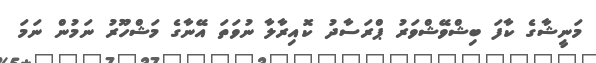
މަނީޝާގެ ކާފަ ބިޝްވޭޝްވަރު ޕްރަސާދު ކޮއިރާލާ ނުވަތަ އޭނާގެ މަޝްހޫރު ނަމުން ނަމަ